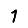
Digit: 1